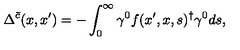
\Delta ^ { \bar { c } } ( x , x ^ { \prime } ) = - \int _ { 0 } ^ { \infty } \gamma ^ { 0 } f ( x ^ { \prime } , x , s ) ^ { \dagger } \gamma ^ { 0 } d s ,